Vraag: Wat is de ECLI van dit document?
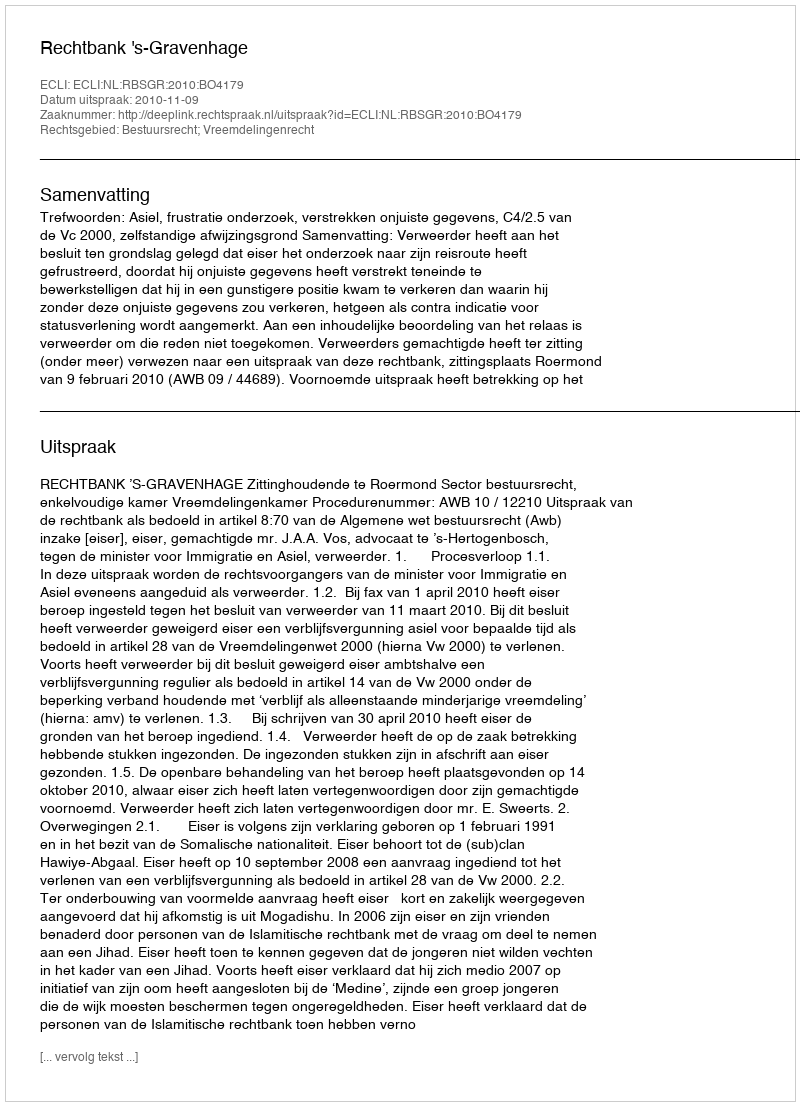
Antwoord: ECLI:NL:RBSGR:2010:BO4179